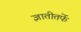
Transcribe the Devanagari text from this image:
ज्ञातीतर्फे